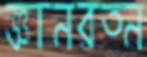
জ্ঞানরত্ন